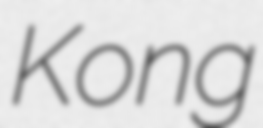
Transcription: Kong